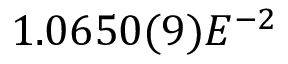
1 . 0 6 5 0 ( 9 ) E ^ { - 2 }